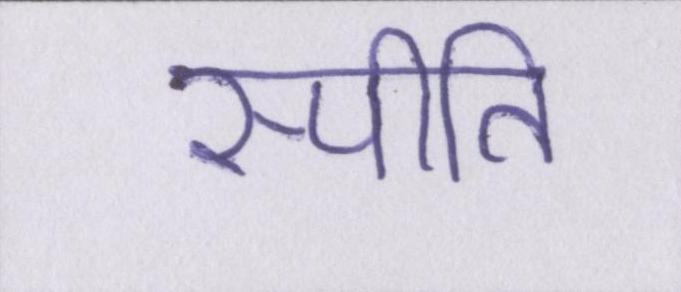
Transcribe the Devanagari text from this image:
स्पीति